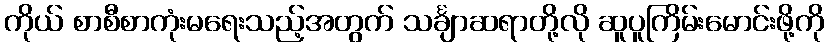
ကိုယ် စာစီစာကုံးမရေးသည့်အတွက် သင်္ချာဆရာတို့လို ဆူပူကြိမ်းမောင်းဖို့ကို